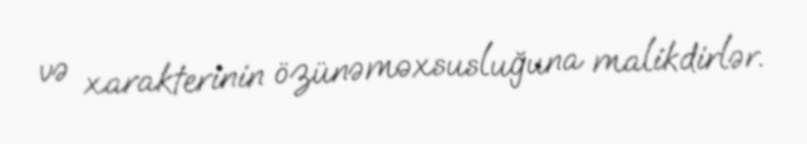
və xarakterinin özünəməxsusluğuna malikdirlər.